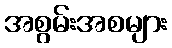
အစွမ်းအစများ